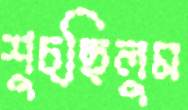
শুচ্ছিলুম